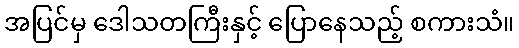
အပြင်မှ ဒေါသတကြီးနှင့် ပြောနေသည့် စကားသံ။